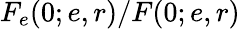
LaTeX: F_{e}(0;e,r)/F(0;e,r)